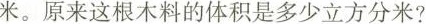
米。原来这根木料的体积是多少立方分米?